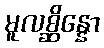
မူလစ္ဆိန္နော